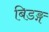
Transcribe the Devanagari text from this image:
बिडङ्ग